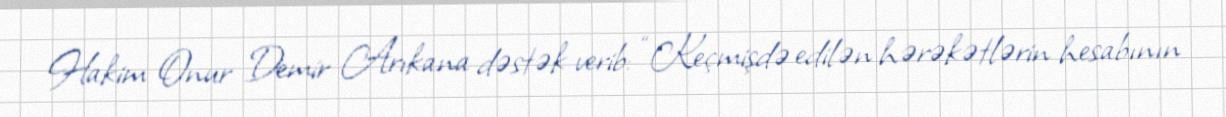
Hakim Onur Demir Arıkana dəstək verib: “Keçmişdə edilən hərəkətlərin hesabının